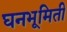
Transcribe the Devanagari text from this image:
घनभूमिती